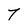
Character: 7